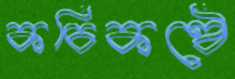
কচিকণ্ঠে